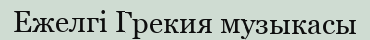
Ежелгі Грекия музыкасы